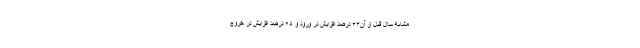
مشابه سال قبل از آن۶۳ درصد افزایش در ورود و ۶۵ درصد افزایش در خروج